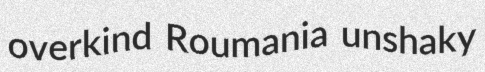
overkind Roumania unshaky